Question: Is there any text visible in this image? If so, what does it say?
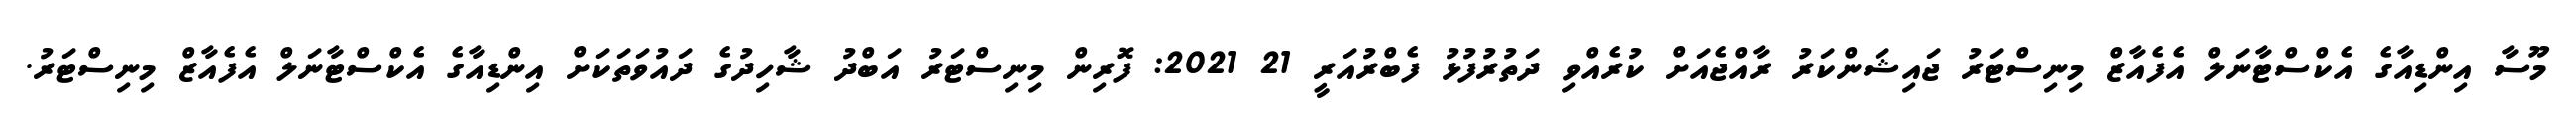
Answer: މޫސާ އިންޑިއާގެ އެކްސްޓާނަލް އެފެއާޒް މިނިސްޓަރު ޖައިޝަންކަރު ރާއްޖެއަށް ކުރެއްވި ދަތުރުފުޅު ފެބްރުއަރީ 21 2021: ފޮރިން މިނިސްޓަރު އަބްދު ޝާހިދުގެ ދައުވަތަކަށް އިންޑިއާގެ އެކްސްޓާނަލް އެފެއާޒް މިނިސްޓަރު.